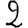
Digit: 2